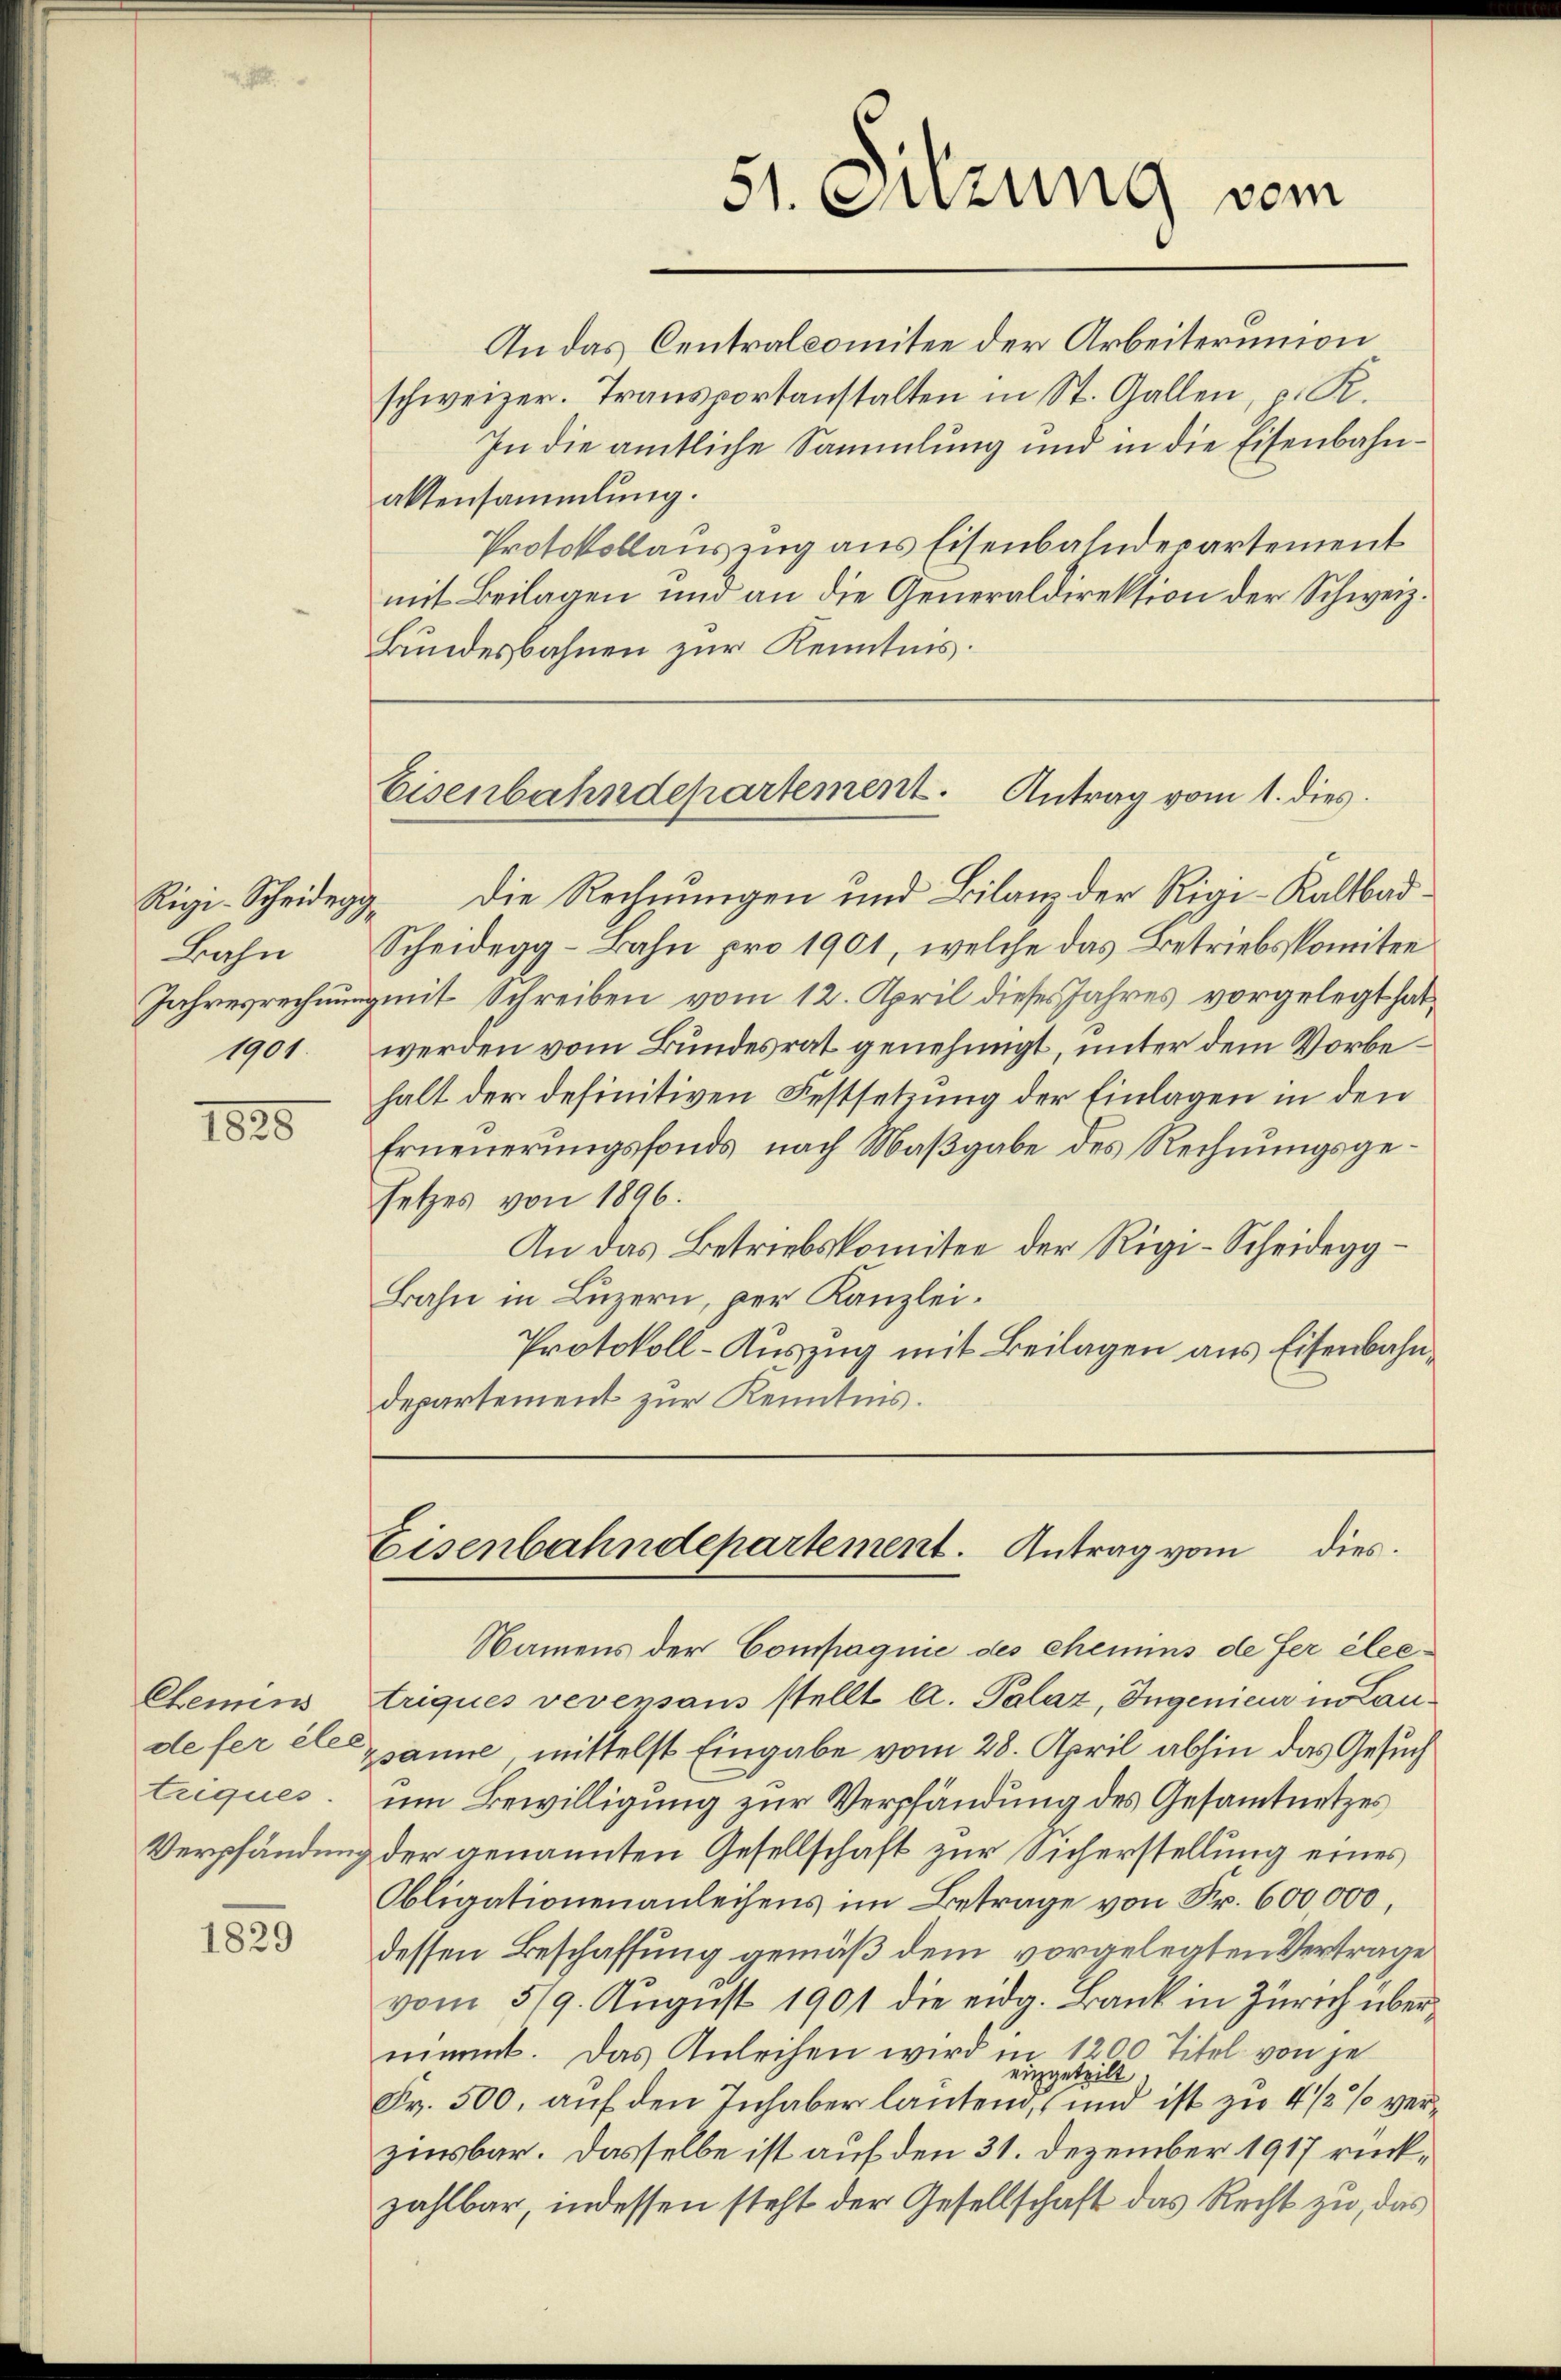
Rigi-Scheidegg
Bahn
1901.

1828

Chemins
triques.

1829

51. Sitzung vom

An das Centralcomitee der Arbeiterunion
schweizer. Transportanstalten in St. Gallen, p. R.
In die amtliche Sammlung und in die Eisenbahnaltensammlung.
Protokollauszug aus Eisenbahndepartement
mit Beilagen und an die Generaldirektion der Schweiz.
Bundesbahnen zur Kenntnis.

Eisenbahndepartement. Antrag vom 1. dies

Die Rechnungen und Bilanz der Rigi-Kaltbad¬
Scheidegg-Bahn pro 1901, welche das Betriebskomitee
Jahresrechnung mit Schreiben vom 12. April dieses Jahres vorgelegt hat,
werden vom Bundesrat genehmigt, unter dem Vorbehalt der definitiven Festsetzung der Einlagen in den
Erneuerungsfonds nach Maßgabe des Rechnungsgesetzes von 1896.
An das Betriebskomitee der Rigi-Scheidegg¬
Bahn in Luzern, per Kanzlei¬
Protokoll-Auszug mit Beilagen aus Eisenbahndepartement zur Kenntnis.

Eisenbahndepartement. Antrag vom dies

Namens der Compagnie des chemins de fer éleetriques verensans stellt A. Palaz, Ingenieur in Laudefer es anne mittelst Eingabe vom 28. April abhin das Gesuch
um Bewilligung zur Verpfändung des Gesamtnetzes
Verpfändung der genannten Gesellschaft zur Sicherstellung eines
Obligationenanleihens im Betrage von Fr. 600,000,
dessen Beschaffung gemäß dem vorgelegten Vertrage
vom 319. August 1901 die eidg. Bank in Zürich übernimmt. Das Anleihen wird in 1200 Titel von je
eingeteilt
Fr. 500. auf den Inhaber lautend, und ist zu 4 1/2% verzinsbar. Dasselbe ist auf den 31. Dezember 1917 rückzahlbar, indessen steht der Gesellschaft das Recht zu, das